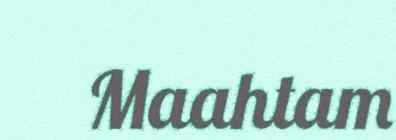
Maahtam